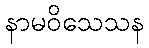
နာမဝိသေသန